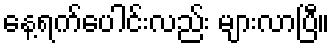
နေ့ရက်ပေါင်းလည်း များလာပြီ။